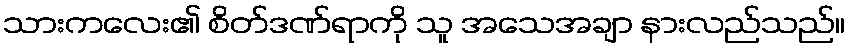
သားကလေး၏ စိတ်ဒဏ်ရာကို သူ အသေအချာ နားလည်သည်။